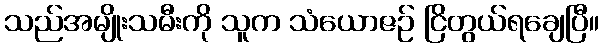
သည်အမျိုးသမီးကို သူက သံယောဇဉ် ငြိတွယ်ရချေပြီ။